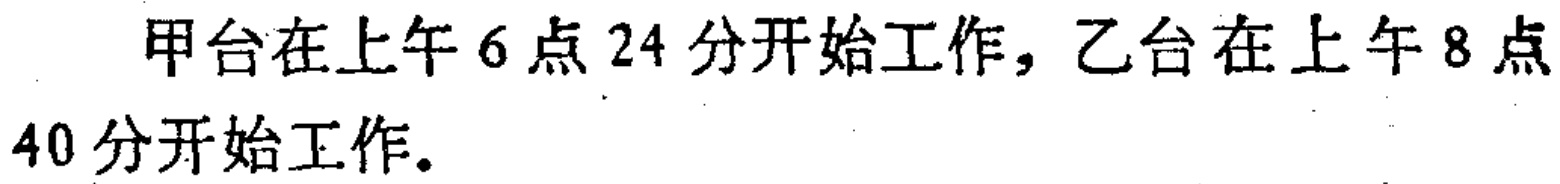
甲台在上午6点24分开始工作，乙台在上午8点40分开始工作。